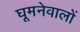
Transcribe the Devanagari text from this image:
घूमनेवालों